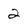
Character: 2